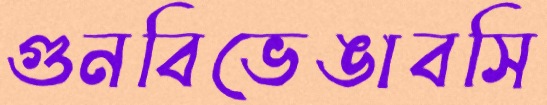
গুনবিভেঙাবসি